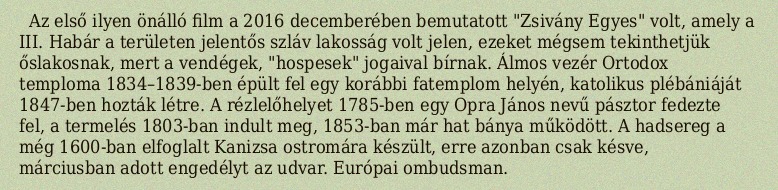
Az első ilyen önálló film a 2016 decemberében bemutatott "Zsivány Egyes" volt, amely a III. Habár a területen jelentős szláv lakosság volt jelen, ezeket mégsem tekinthetjük őslakosnak, mert a vendégek, "hospesek" jogaival bírnak. Álmos vezér Ortodox temploma 1834–1839-ben épült fel egy korábbi fatemplom helyén, katolikus plébániáját 1847-ben hozták létre. A rézlelőhelyet 1785-ben egy Opra János nevű pásztor fedezte fel, a termelés 1803-ban indult meg, 1853-ban már hat bánya működött. A hadsereg a még 1600-ban elfoglalt Kanizsa ostromára készült, erre azonban csak késve, márciusban adott engedélyt az udvar. Európai ombudsman.